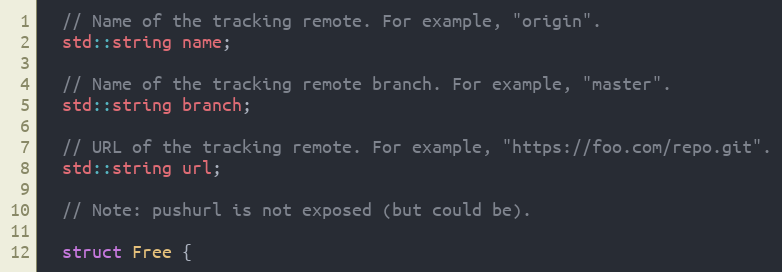
Language: C
  // Name of the tracking remote. For example, "origin".
  std::string name;

  // Name of the tracking remote branch. For example, "master".
  std::string branch;

  // URL of the tracking remote. For example, "https://foo.com/repo.git".
  std::string url;

  // Note: pushurl is not exposed (but could be).

  struct Free {